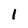
Character: 1